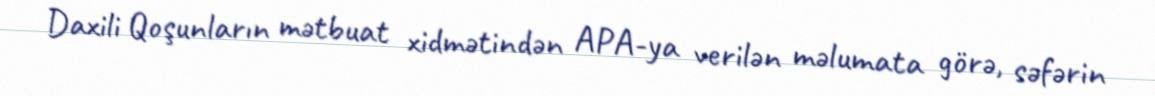
Daxili Qoşunların mətbuat xidmətindən APA-ya verilən məlumata görə, səfərin